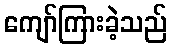
ကျော်ကြားခဲ့သည်